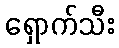
ရှောက်သီး